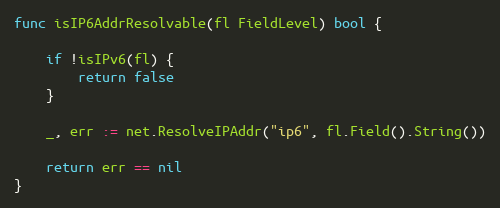
Language: Go
func isIP6AddrResolvable(fl FieldLevel) bool {

	if !isIPv6(fl) {
		return false
	}

	_, err := net.ResolveIPAddr("ip6", fl.Field().String())

	return err == nil
}